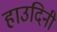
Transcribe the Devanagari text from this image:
हाउदिनी